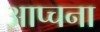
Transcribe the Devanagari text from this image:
आप्चना